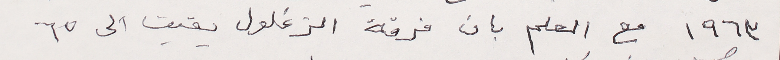
١٩٦٣ مع العلم بان فرقة الزغلول بقيت الى ٦٥